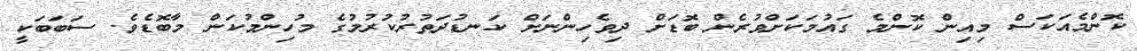
ކޮންމެއަަކަސް މިއިން ކޮންމެ ގައުމަކަށްވުރެން ބޮޑަށް ދިވެހިންނަށް ކަނޑުދަތުރުކުރުމުގެ މުހިންމުކަން މާބޮޑެވެ. ސަބަބަކީ